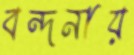
বন্দনায়